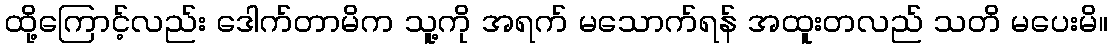
ထို့ကြောင့်လည်း ဒေါက်တာမိက သူ့ကို အရက် မသောက်ရန် အထူးတလည် သတိ မပေးမိ။